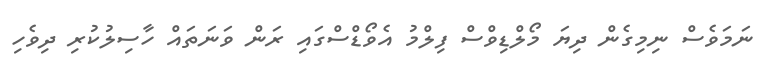
ނަމަވެސް ނިމިގެން ދިޔަ މޯލްޑިވްސް ފިލްމު އެވޯޑްސްގައި ރަން ވަނަތައް ހާސިލުކުރި ދިވެހި